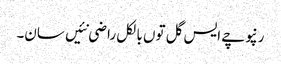
رنپوچے ایس گل توں بالکل راضی نئیں سان۔